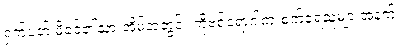
ရှက်ပတ် မိခင်၏သားအိမ်အတွင်း ကိုဗစ်ရောဂါကူးစက်ခံရသူများအနက်